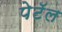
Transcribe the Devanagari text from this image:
पेटॅल